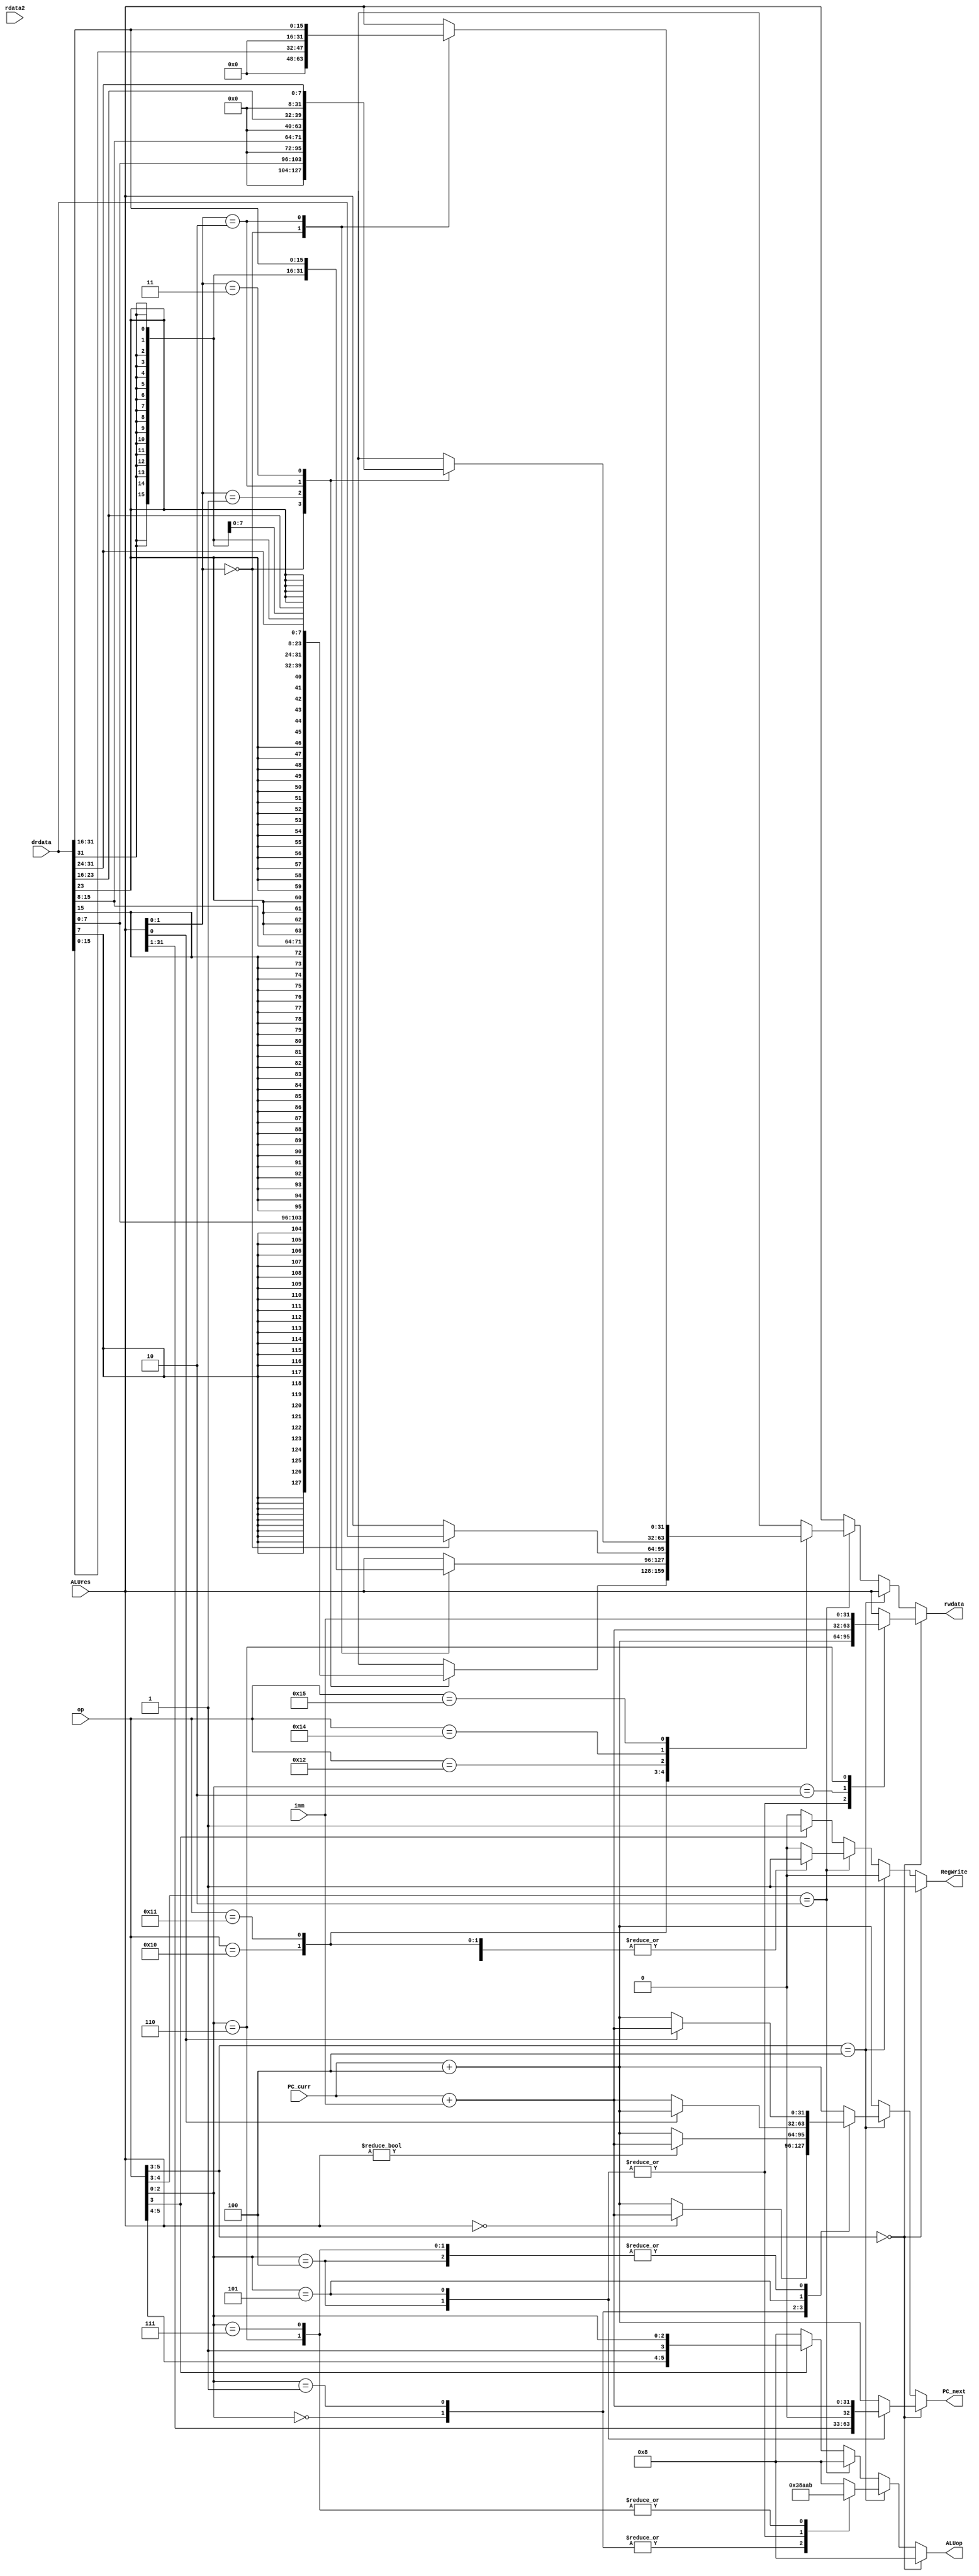
module control(
    input [5:0] op,            
    input [31:0] rdata2,         
    input [31:0] drdata,       
    input [31:0] ALUres,         
    input [31:0] imm,   
    input [31:0] PC_curr,       
    output reg RegWrite,    // register write enable                
    output reg [31:0] rwdata,   // reg write data 
    output reg [5:0] ALUop,     // ALU operation code   
    output reg [31:0] PC_next       
);
    always @(*) begin
       PC_next = PC_curr + 4;   // default cases
       ALUop = 6'b001000;
       rwdata = ALUres; 
       RegWrite = 0;
        
       // LUI, AUIPC, JAL and JALR
        
       if (op[5:3] == 3'b0) begin    
           RegWrite = 1;
           case(op[2:0])
               3'b100 : begin
                   ALUop = 6'b001000;   
                   rwdata = PC_curr + 4;                
                   PC_next = {ALUres[31:1], 1'b0};   
               end   // JALR
               3'b101 : begin
                   rwdata = PC_curr + 4;
                   PC_next = PC_curr + imm;
               end // JAL
               3'b010 : rwdata = PC_curr + imm;  // AUIPC
               3'b110 : rwdata = imm;  // LUI
           endcase
       end
   

      // CONDITIONAL BRANCHES   
        
       else if (op[5:3] == 3'b100) begin   
           case (op[2:0])
               3'b000 : begin
                   ALUop = 6'b111000; 
                   if (ALUres == 0)  PC_next = PC_curr + imm;
               end   //BEQ
               3'b001 : begin
                   ALUop = 6'b111000; 
                   if (ALUres != 0) PC_next = PC_curr + imm;
               end    //BNE
               3'b100 : begin
                   ALUop = 6'b101010; 
                   if (ALUres[0] == 1)  PC_next = PC_curr + imm;
               end    //BLT
               3'b101 : begin
                   ALUop = 6'b101010; 
                   if (ALUres[0] != 1) PC_next = PC_curr + imm;
               end    //BGE
               3'b110 : begin
                   ALUop = 6'b101011; 
                    if (ALUres[0])  PC_next = PC_curr + imm;
               end    //BLTU
               3'b111 : begin
                   ALUop = 6'b101011; 
                   if (ALUres[0] != 0) PC_next = PC_curr + imm;
               end //BGEU
           endcase
       end


      // LOAD  
       
       else if (op[4:3] == 2'b10) begin    
           ALUop = 6'b001000;   
           case(op)
               6'b010000 : begin
                   RegWrite = 1;
                   case(ALUres[1:0])    // which 8 bits of the 32 to take
                       2'b00:  rwdata = {{24{drdata[7]}}, drdata[7:0]};   
                       2'b01:  rwdata = {{24{drdata[15]}}, drdata[15:8]}; 
                       2'b10:  rwdata = {{24{drdata[23]}}, drdata[23:16]};
                       2'b11:  rwdata = {{24{drdata[31]}}, drdata[31:24]};
                   endcase
               end     //LB
               6'b010001 : begin
                   RegWrite = 1;
                   case(ALUres[1:0])    // which 16 of 31 to take
                       2'b00:  rwdata = {{16{drdata[15]}}, drdata[15:0]}; 
                       2'b10:  rwdata = {{16{drdata[31]}}, drdata[31:16]};
                   endcase
               end      //LH
               6'b010010 : begin
                   RegWrite = 1;
                   case(ALUres[1:0])    
                       2'b00:  rwdata = drdata;
                   endcase
               end      //LW
               6'b010100 : begin
                   RegWrite = 1;
                   case(ALUres[1:0])    // byte loading - unsigned case
                       2'b00:  rwdata = {24'b0, drdata[7:0]};   
                       2'b01:  rwdata = {24'b0, drdata[15:8]};  
                       2'b10:  rwdata = {24'b0, drdata[23:16]}; 
                       2'b11:  rwdata = {24'b0, drdata[31:24]}; 
                   endcase
               end       //LBU
               6'b010101 : begin
                   RegWrite = 1;
                   case(ALUres[1:0])    // half word loading - unsigned case
                       2'b00:  rwdata = {16'b0, drdata[15:0]}; 
                       2'b10:  rwdata = {16'b0, drdata[31:16]};
                   endcase
               end      //LHU
               default : begin
                   RegWrite = 0;
                   rwdata = 32'bx;
               end
           endcase
       end
 

    // ALU-IMM and ALU
        
       else if(op[3] == 1'b1) begin   
           ALUop = op;
           rwdata = ALUres;
           RegWrite = 1;
       end    
    end 
endmodule